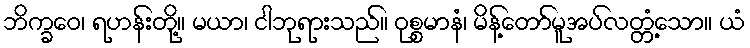
ဘိက္ခဝေ၊ ရဟန်းတို့။ မယာ၊ ငါဘုရားသည်။ ဝုစ္စမာနံ၊ မိန့်တော်မူအပ်လတ္တံ့သော။ ယံ